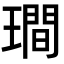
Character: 𤩎